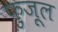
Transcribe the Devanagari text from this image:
फ़ुज़ूल